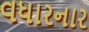
વધારનાર